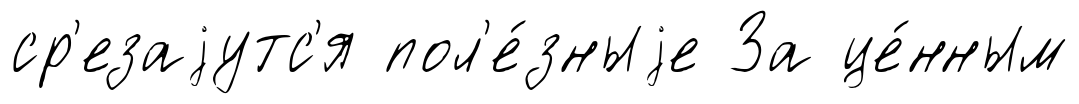
ср'езаjутс'я пол'е́зныjе За це́нным